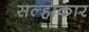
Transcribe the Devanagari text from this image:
सल्हाकार